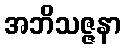
အဘိသဇ္ဇနာ